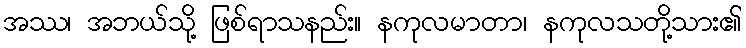
အဿ၊ အဘယ်သို့ ဖြစ်ရာသနည်း။ နကုလမာတာ၊ နကုလသတို့သား၏